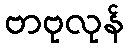
ဗာဗုလုန်